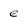
Character: e